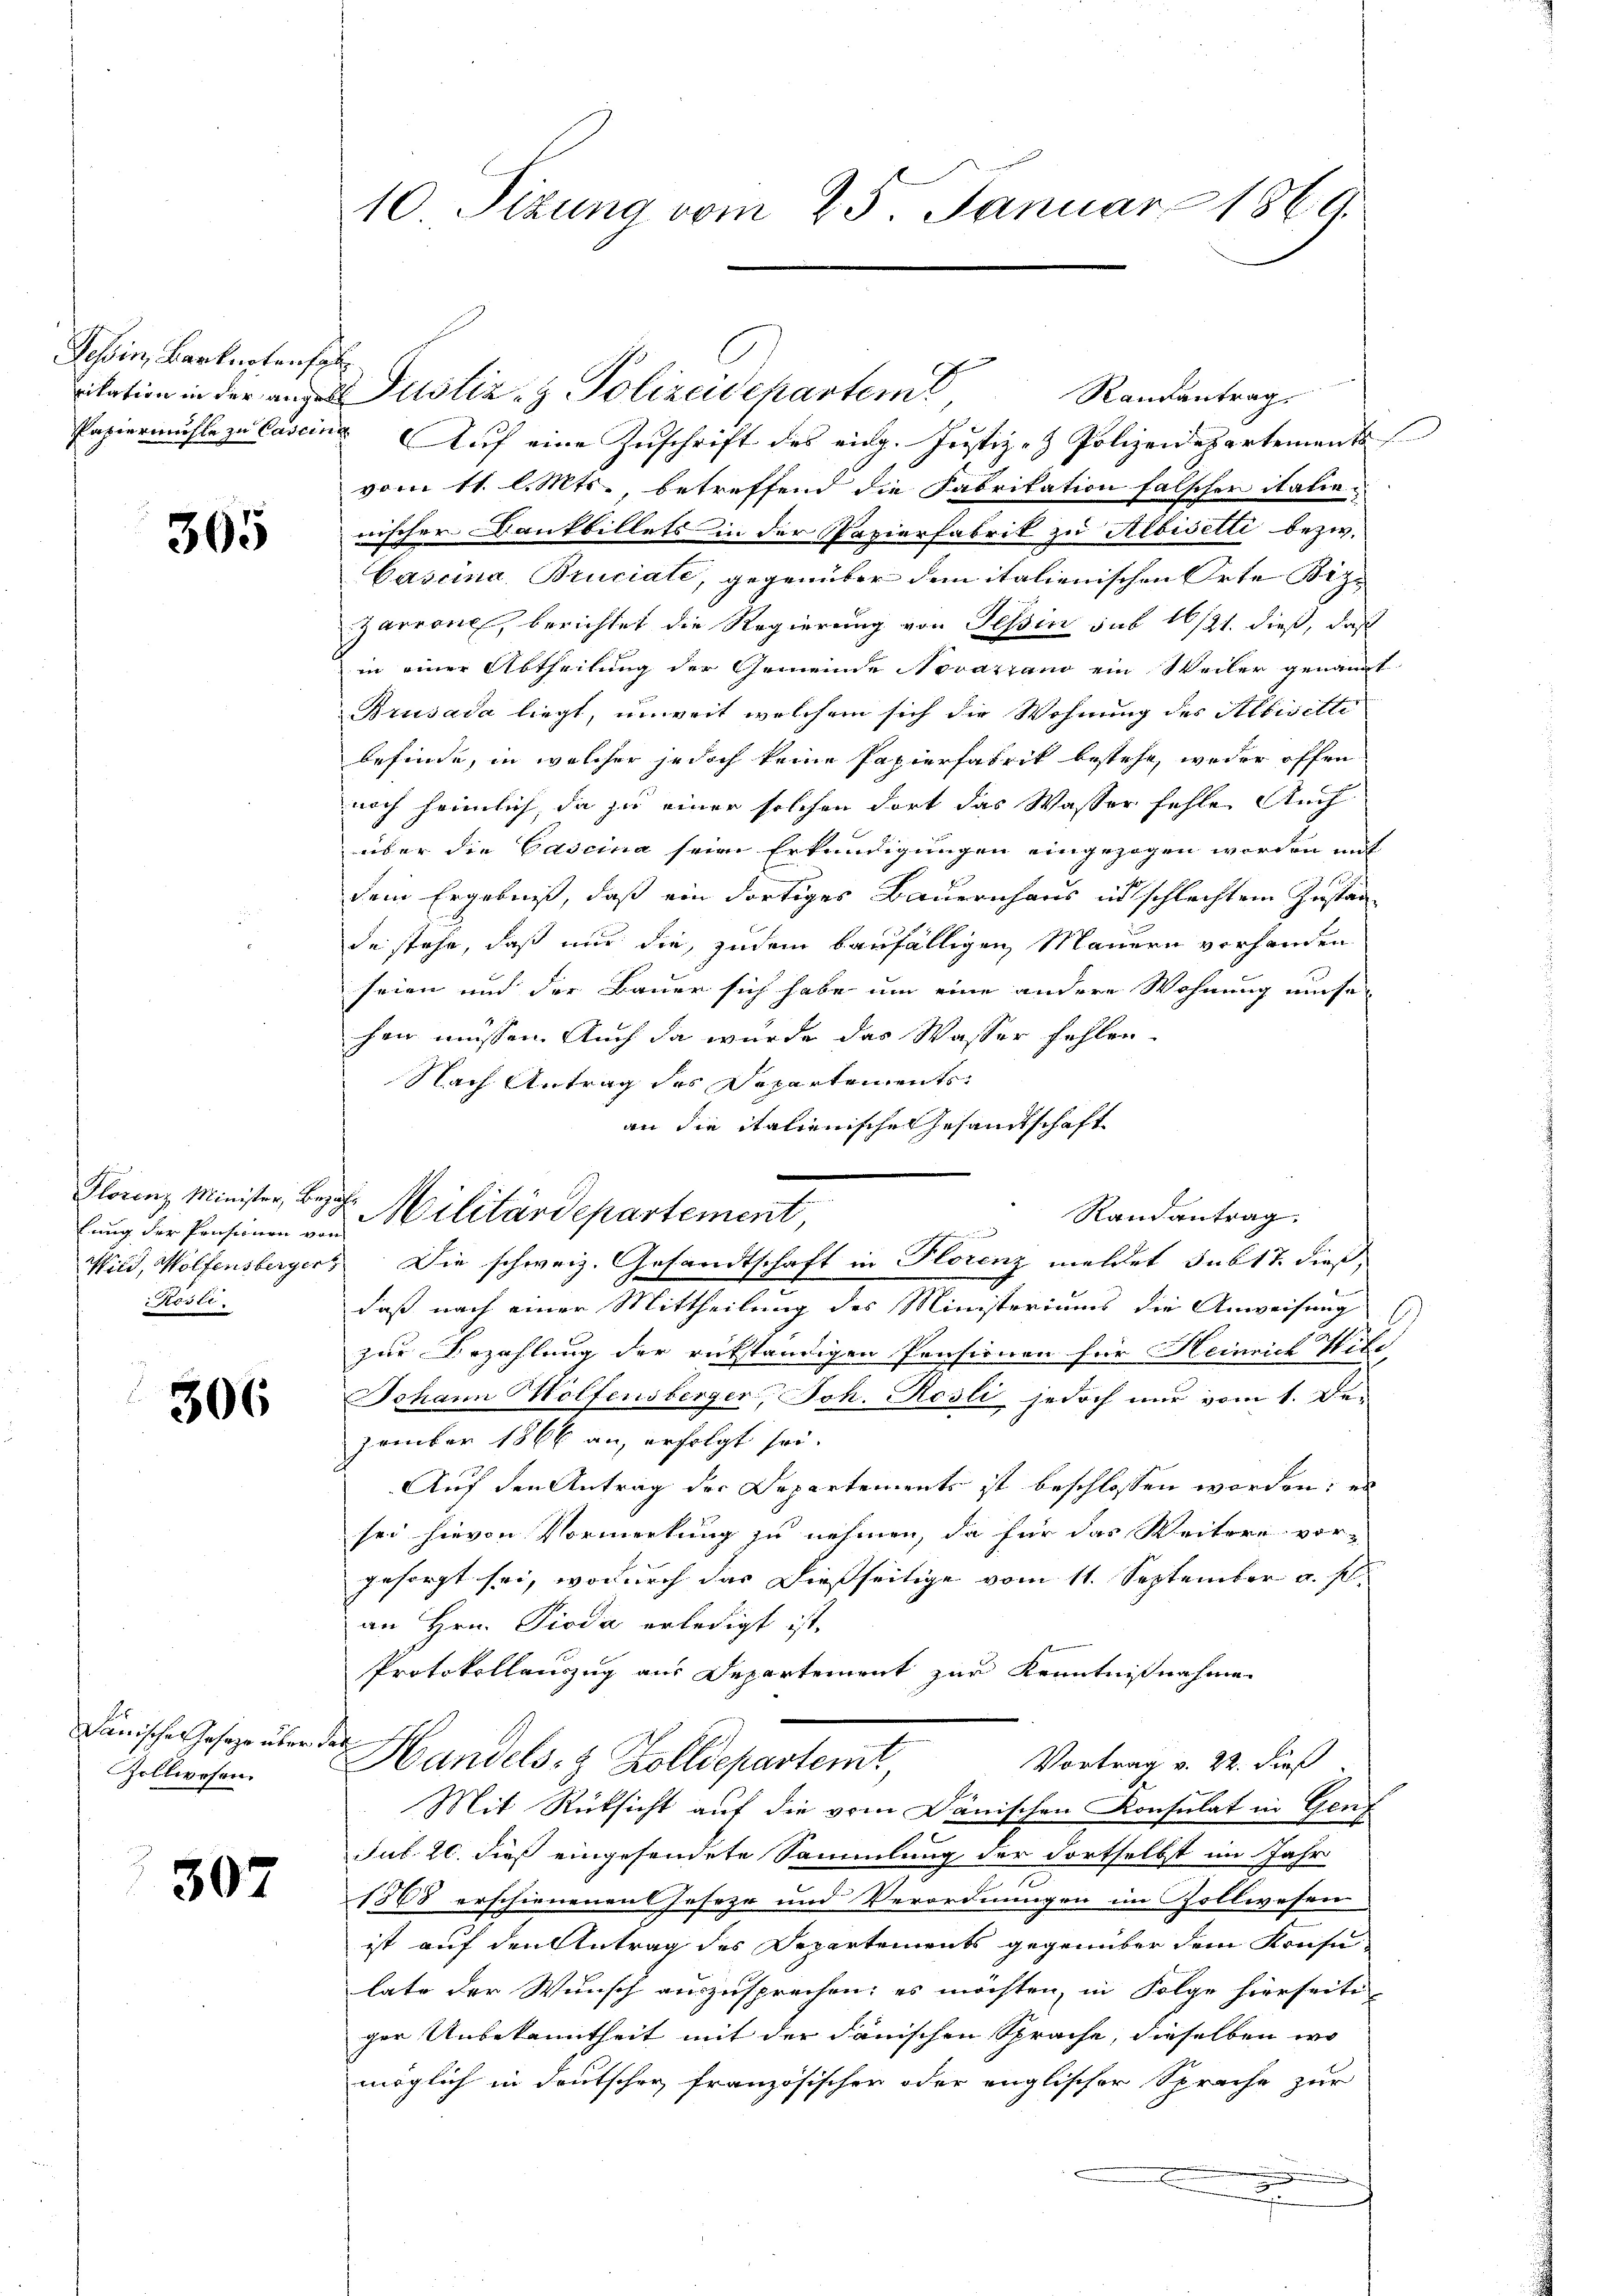
Tessin, Barkartenf
vikation in der angele
Papiermühle zu Cascini

365

Florenz Minister, Bez
lung der Pensionen vo
Wild, Wolfensberger
Röste.

306

Länische Geseze über¬
Zollwesen.

307

10 Sizung vom 25. Januar 1869.

Justiz- & Polizeidepartem Randantrag
 Auf eine Zuschrift des eidg. Justiz- & Polizeidepartement
vom 11. l. Mts., betreffend die Fabrikation falscher italie-
wischer Konkbillets in der Papierfabrik zu Albisetti bezw.
Cascina Bruciate, gegenüber dem italienischen Orte Biz¬
Zarrone, berichtet die Regierung von Tessin sub 16/21. dieß, daß
in einer Abtheilung der Gemeinde Novaziano ein Weiler genannt
Brusada liegt, unweit welchem sich die Wohnung des Albisitte
befinde, in welcher jedoch keine Papierfabrik bestehe, weder offen
noch heimlich, da sie einer solchen dort das Wasser fehle Auch
über die Gaseina seine Erkundigungen eingezogen worden mit
dem Ergebniß, daß ein dortiges Bauernhaus in schlechten Instan
de stehe, daß nur die, zudem baufälligen Mauern vorhanden
seien und der Bauer sich habe um eine andere Wohnung unse
hen müssen. Auch da wurde das Wasser fehlen.
Nach Antrag des Departements
an die italienische Gesandtschaft

Die schweiz. Gesandtschaft in Florenz meldet sub 17. dieß,
daß nach einer Mittheilung des Ministeriums die Anweisung (
zur Bezahlung der rükständigen Pensionen für Heinrich Wite
Johann Holfensberger, Joh. Rosli jedoch nur vom 1. De-
zember 1866 an, erfolgt sei.
Auf den Antrag der Departements ist beschlossen worden; es
sei hievon Vormerkung zu nehmen, da für das Weitere vor-
gesorgt sei, wodurch das dießseitige vom 11. September u. s.
an Hrn. Pioda erledigt ist.
Protokollauszug aus Departement zur Kenntnißnahme
t
Vortrag v. 22. dieß
Handels- & Zolldepartemt
Mit Rücksicht auf die vom Dänischen Konsulat in Genf
Jul. 20. dieß eingesendete Sammlung der dortselbst im Jahr
.
1868 erschienenen Jeseze und Verordnungen im Gollwesen
ist auf den Antrag des Departements gegenüber dem Konsu-
late der Wunsch auszusprechen; es möchten, in Folge hierseitiger Unbekanntheit mit der danischen Sprache, dieselben wo
möglich in deutscher französischer oder englischer Sprache zur

Militärdepartement,

Randantrag.